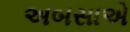
અબસાએ